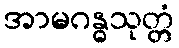
အာမဂန္ဓသုတ္တံ